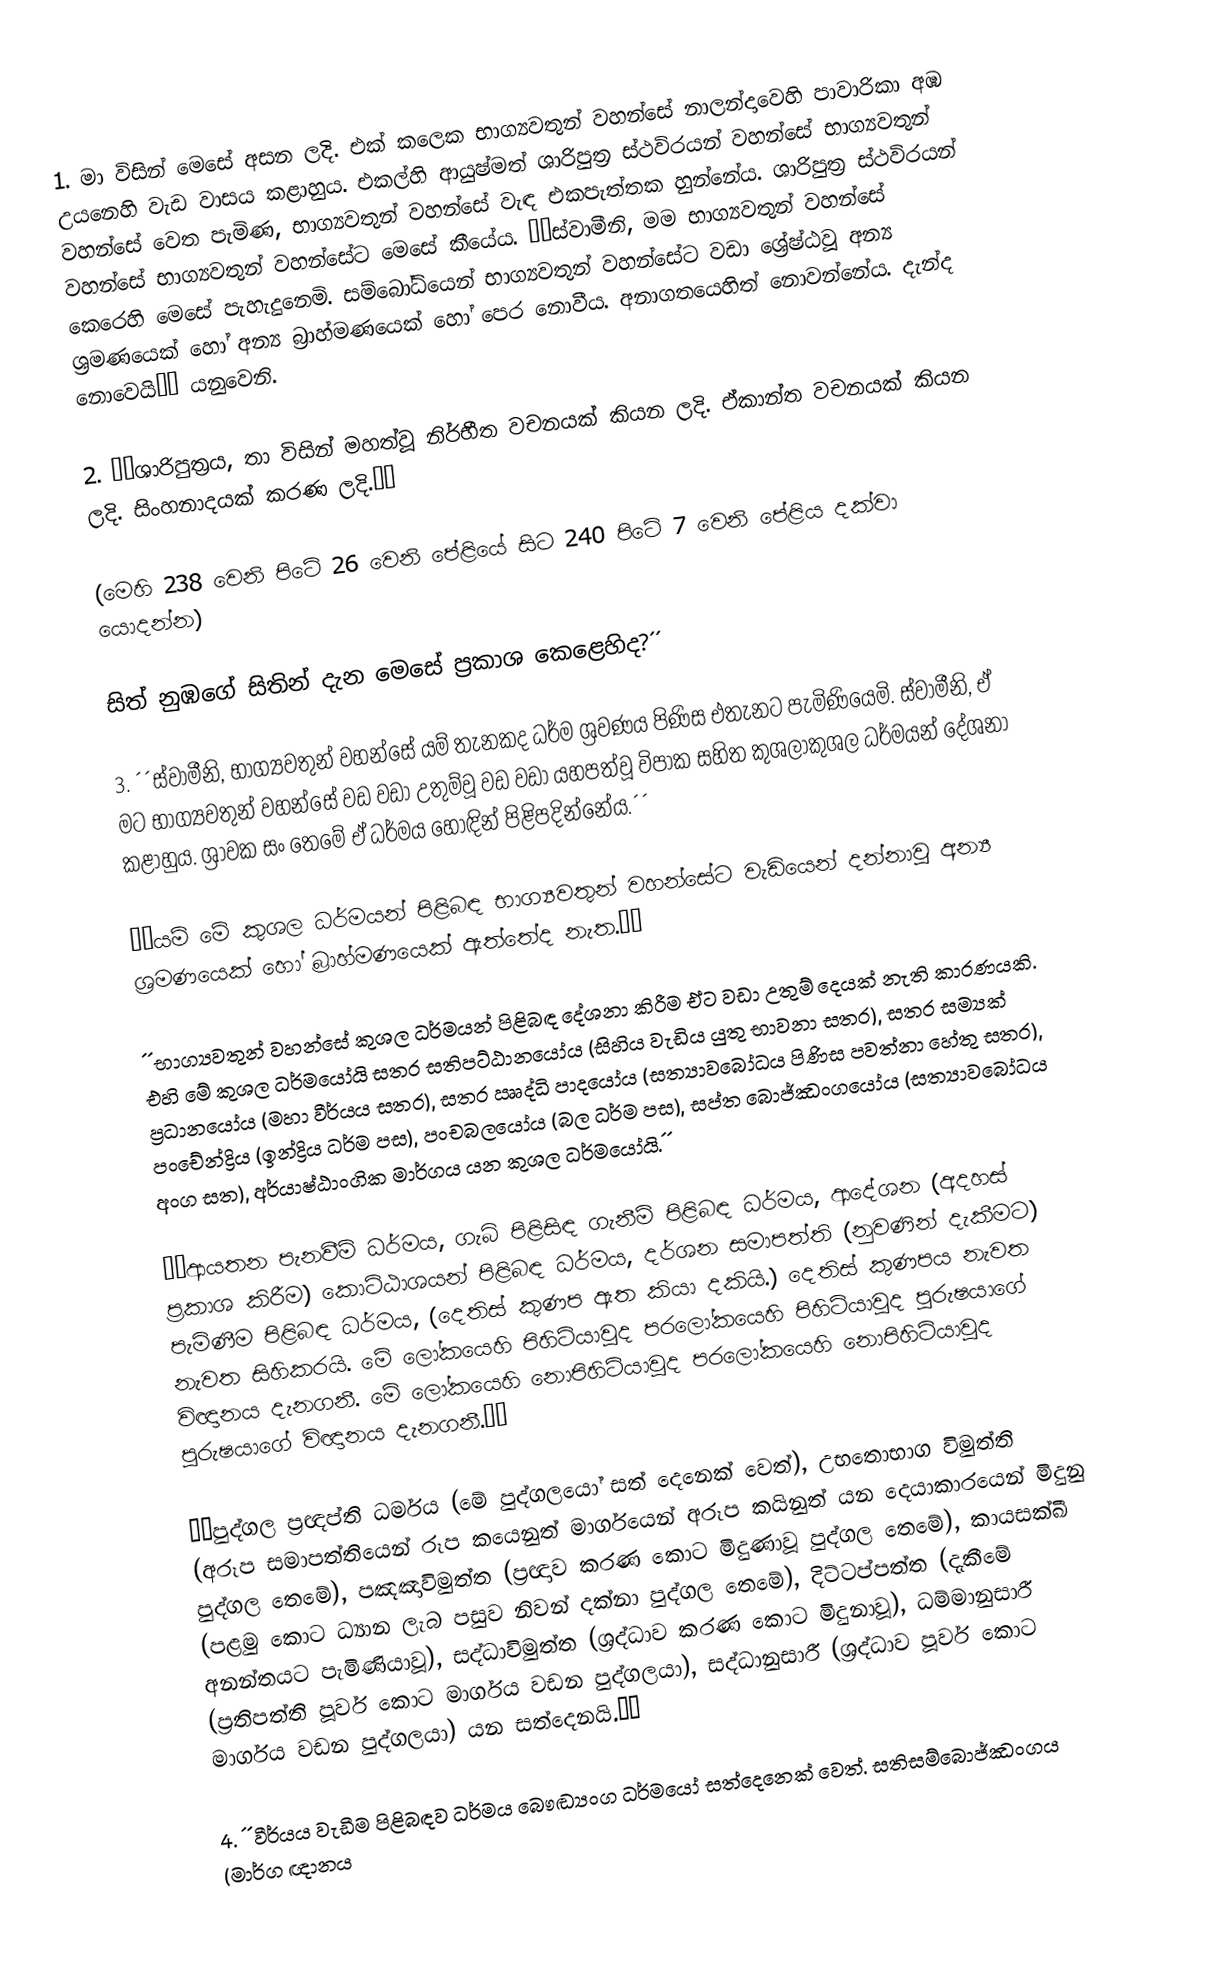
1. මා විසින් මෙසේ අසන ලදි. එක් කලෙක භාග්‍යවතුන් වහන්සේ නාලන්දාවෙහි පාවාරිකා අඹ උයනෙහි වැඩ වාසය කළාහුය. එකල්හි ආයුෂ්මත් ශාරිපුත්‍ර ස්ථවිරයන් වහන්සේ භාග්‍යවතුන් වහන්සේ වෙත පැමිණ, භාග්‍යවතුන් වහන්සේ වැඳ එකපැත්තක හුන්නේය. ශාරිපුත්‍ර ස්ථවිරයන් වහන්සේ භාග්‍යවතුන් වහන්සේට මෙසේ කීයේය. ´´ස්වාමීනි, මම භාග්‍යවතුන් වහන්සේ කෙරෙහි මෙසේ පැහැදුනෙමි. සම්බෝධියෙන් භාග්‍යවතුන් වහන්සේට වඩා ශ්‍රේෂ්ඨවූ අන්‍ය ශ්‍රමණයෙක් හෝ අන්‍ය බ්‍රාහ්මණයෙක් හෝ පෙර නොවීය. අනාගතයෙහිත් නොවන්නේය. දැන්ද නොවෙයි´´ යනුවෙනි.

2. ´´ශාරිපුත්‍රය, තා විසින් මහත්වූ නිර්භීත වචනයක් කියන ලදි. ඒකාන්ත වචනයක් කියන ලදි. සිංහනාදයක් කරණ ලදි.´´

(මෙහි 238 වෙනි පිටේ 26 වෙනි පේළියේ සිට 240 පිටේ 7 වෙනි පේළිය දක්වා යොදන්න)

සිත් නුඹගේ සිතින් දැන මෙසේ ප්‍රකාශ කෙළෙහිද?´´

3. ´´ස්වාමීනි, භාග්‍යවතුන් වහන්සේ යම් තැනකද ධර්ම ශ්‍රවණය පිණිස එතැනට පැමිණියෙමි. ස්වාමීනි, ඒ මට භාග්‍යවතුන් වහන්සේ වඩ වඩා උතුම්වූ වඩ වඩා යහපත්වූ විපාක සහිත කුශලාකුශල ධර්මයන් දේශනා කළාහුය. ශ්‍රාවක සං තෙමේ ඒ ධර්මය හොඳින් පිළිපදින්නේය.´´

´´යම් මේ කුශල ධර්මයන් පිළිබඳ භාග්‍යවතුන් වහන්සේට වැඩියෙන් දන්නාවූ අන්‍ය ශ්‍රමණයෙක් හෝ බ්‍රාහ්මණයෙක් ඇත්තේද නැත.´´

´´භාග්‍යවතුන් වහන්සේ කුශල ධර්මයන් පිළිබඳ දේශනා කිරීම ඒට වඩා උතුම් දෙයක් නැති කාරණයකි. එහි මේ කුශල ධර්මයෝයි සතර සතිපට්ඨානයෝය (සිහිය වැඩිය යුතු භාවනා සතර), සතර සම්‍යක් ප්‍රධානයෝය (මහා වීර්යය සතර), සතර ඎද්ධි පාදයෝය (සත්‍යාවබෝධය පිණිස පවත්නා හේතු සතර), පංචේන්ද්‍රිය (ඉන්ද්‍රිය ධර්ම පස), පංචබලයෝය (බල ධර්ම පස), සප්ත බොජ්ඣංගයෝය (සත්‍යාවබෝධය අංග සත), අර්යාෂ්ඨාංගික මාර්ගය යන කුශල ධර්මයෝයි.´´

´´ආයතන පැනවීම් ධර්මය, ගැබ් පිළිසිඳ ගැනීම් පිළිබඳ ධර්මය, ආදේශන (අදහස් ප්‍රකාශ කිරීම) කොට්ඨාශයන් පිළිබඳ ධර්මය, දර්ශන සමාපත්ති (නුවණින් දැකීමට) පැමිණීම පිළිබඳ ධර්මය, (දෙතිස් කුණප ඇත කියා දකියි.) දෙතිස් කුණපය නැවත නැවත සිහිකරයි. මේ ලෝකයෙහි පිහිටියාවූද පරලෝකයෙහි පිහිටියාවූද පුරුෂයාගේ විඥානය දැනගනී. මේ ලෝකයෙහි නොපිහිටියාවූද පරලෝකයෙහි නොපිහිටියාවූද පුරුෂයාගේ විඥානය දැනගනී.´´

´´පුද්ගල ප්‍රඥප්ති ධර්මය (මේ පුද්ගලයෝ සත් දෙනෙක් වෙත්), උභතොභාග විමුත්ති (අරූප සමාපත්තියෙන් රූප කයෙනුත් මාර්ගයෙන් අරූප කයිනුත් යන දෙයාකාරයෙන් මිදුනු පුද්ගල තෙමේ), පඤඤාවිමුත්ත (ප්‍රඥාව කරණ කොට මිදුණාවූ පුද්ගල තෙමේ), කායසක්ඛී (පළමු කොට ධ්‍යාන ලැබ පසුව නිවන් දක්නා පුද්ගල තෙමේ), දිට්ටප්පත්ත (දැකීමේ අනන්තයට පැමිණියාවූ), සද්ධාවිමුත්ත (ශ්‍රද්ධාව කරණ කොට මිදුනාවූ), ධම්මානුසාරී (ප්‍රතිපත්ති පූර්ව කොට මාර්ගය වඩන පුද්ගලයා), සද්ධානුසාරී (ශ්‍රද්ධාව පූර්ව කොට මාර්ගය වඩන පුද්ගලයා) යන සත්දෙනයි.´´

4. ´´වීර්යය වැඩීම පිළිබඳව ධර්මය බෞඬ්‍යංග ධර්මයෝ සත්දෙනෙක් වෙත්. සතිසම්බොජ්ඣංගය (මාර්ග ඥානය